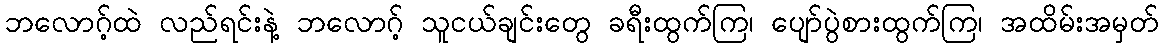
ဘလောဂ့်ထဲ လည်ရင်းနဲ့ ဘလောဂ့် သူငယ်ချင်းတွေ ခရီးထွက်ကြ၊ ပျော်ပွဲစားထွက်ကြ၊ အထိမ်းအမှတ်